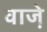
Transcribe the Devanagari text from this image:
वाजे़